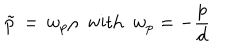
\tilde { p } \, = \, w _ { p } \rho \, \, \, \mathrm { w i t h } \, \, \, w _ { p } = - { \frac { p } { d } }